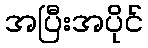
အပြီးအပိုင်